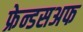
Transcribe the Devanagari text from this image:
फ्रेन्डसअफ